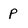
Character: P